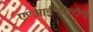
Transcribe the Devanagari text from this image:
ए॰आई॰सी॰टी॰ई